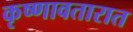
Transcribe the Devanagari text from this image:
कृष्णावतारात